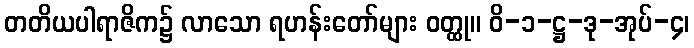
တတိယပါရာဇိက၌ လာသော ရဟန်းတော်များ ဝတ္ထု။ ဝိ-၁-ဋ္ဌ-ဒု-အုပ်-၄၊